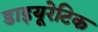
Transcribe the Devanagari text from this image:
डाइयूरेटिक